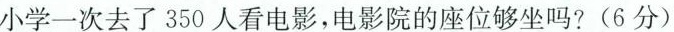
小学一次去了350人看电影，电影院的座位够坐吗?(6分)